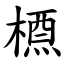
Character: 槱